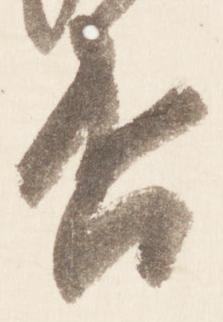
否